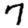
Digit: 7